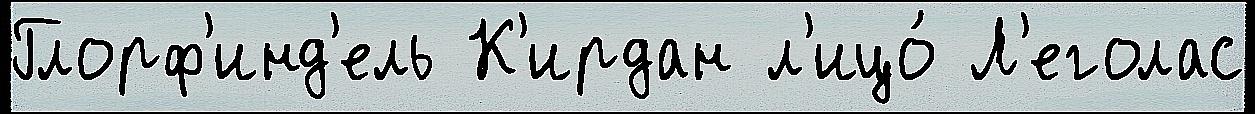
Глорф'инд'ель К'ирдан л'ицо́ Л'еголас